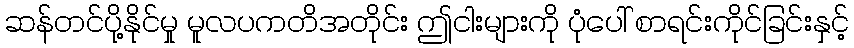
ဆန်တင်ပို့နိုင်မှု မူလပကတိအတိုင်း ဤငါးများကို ပုံပေါ် စာရင်းကိုင်ခြင်းနှင့်